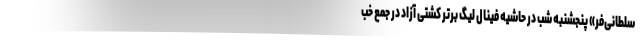
سلطانی‌فر» پنجشنبه شب در حاشیه فینال لیگ برتر کشتی آزاد در جمع خب